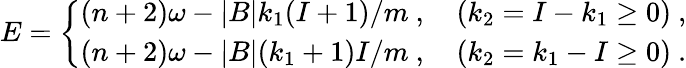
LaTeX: E=\left\{ \begin{array}{l}{{(n+2)\omega-|B|k_{1}(I+1)/m\ ,\quad(k_{2}=I-k_{1}\geq 0)\ ,}}\\ {{(n+2)\omega-|B|(k_{1}+1)I/m\ ,\quad(k_{2}=k_{1}-I\geq 0)\ .}}\end{array}\right.